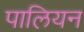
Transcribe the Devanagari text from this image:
पालियन